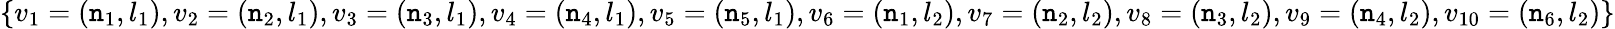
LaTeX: \{ v_{1}=(\mathtt{n}_{1},l_{1}),v_{2}=(\mathtt{n}_{2},l_{1}),v_{3}=(\mathtt{n}_{3},l_{1}),v_{4}=(\mathtt{n}_{4},l_{1}),v_{5}=(\mathtt{n}_{5},l_{1}),v_{6}=(\mathtt{n}_{1},l_{2}),v_{7}=(\mathtt{n}_{2},l_{2}),v_{8}=(\mathtt{n}_{3},l_{2}),v_{9}=(\mathtt{n}_{4},l_{2}),v_{10}=(\mathtt{n}_{6},l_{2})\}